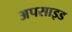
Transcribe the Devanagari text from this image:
अपसाइड